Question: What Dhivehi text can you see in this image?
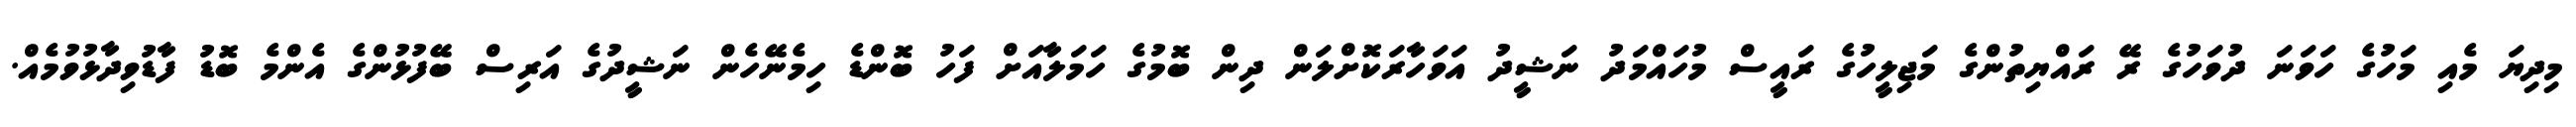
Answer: މިދިޔަ މެއި މަހުގެ ހަވަނަ ދުވަހުގެ ރޭ ރައްޔިތުންގެ މަޖިލީހުގެ ރައީސް މުހައްމަދު ނަޝީދު އަވަހާރަކޮށްލަން ދިން ބޮމުގެ ހަމަލާއަށް ފަހު ބޮންޑެ ހިމެނޭހެން ނަޝީދުގެ އަރިސް ބޭފުޅުންގެ އެންމެ ބޮޑު ފާޑުވިދާޅުވުމެއް.